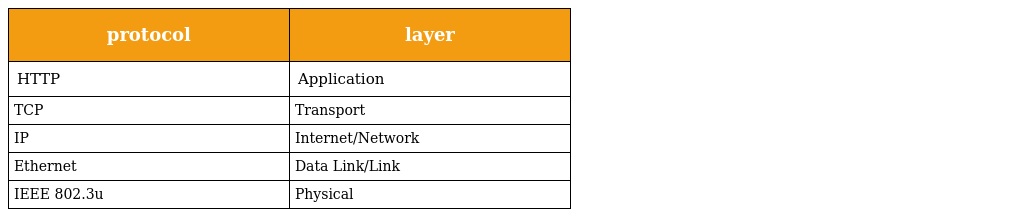
| protocol | layer |
 | --- | --- |
 | HTTP | Application |
 | TCP | Transport |
 | IP | Internet/Network |
 | Ethernet | Data Link/Link |
 | IEEE 802.3u | Physical |